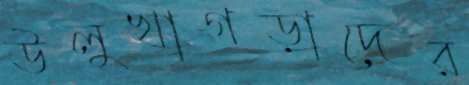
উলুখাগড়াদের